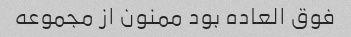
فوق العاده بود ممنون از مجموعه